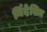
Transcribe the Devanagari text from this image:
र्निदेशित